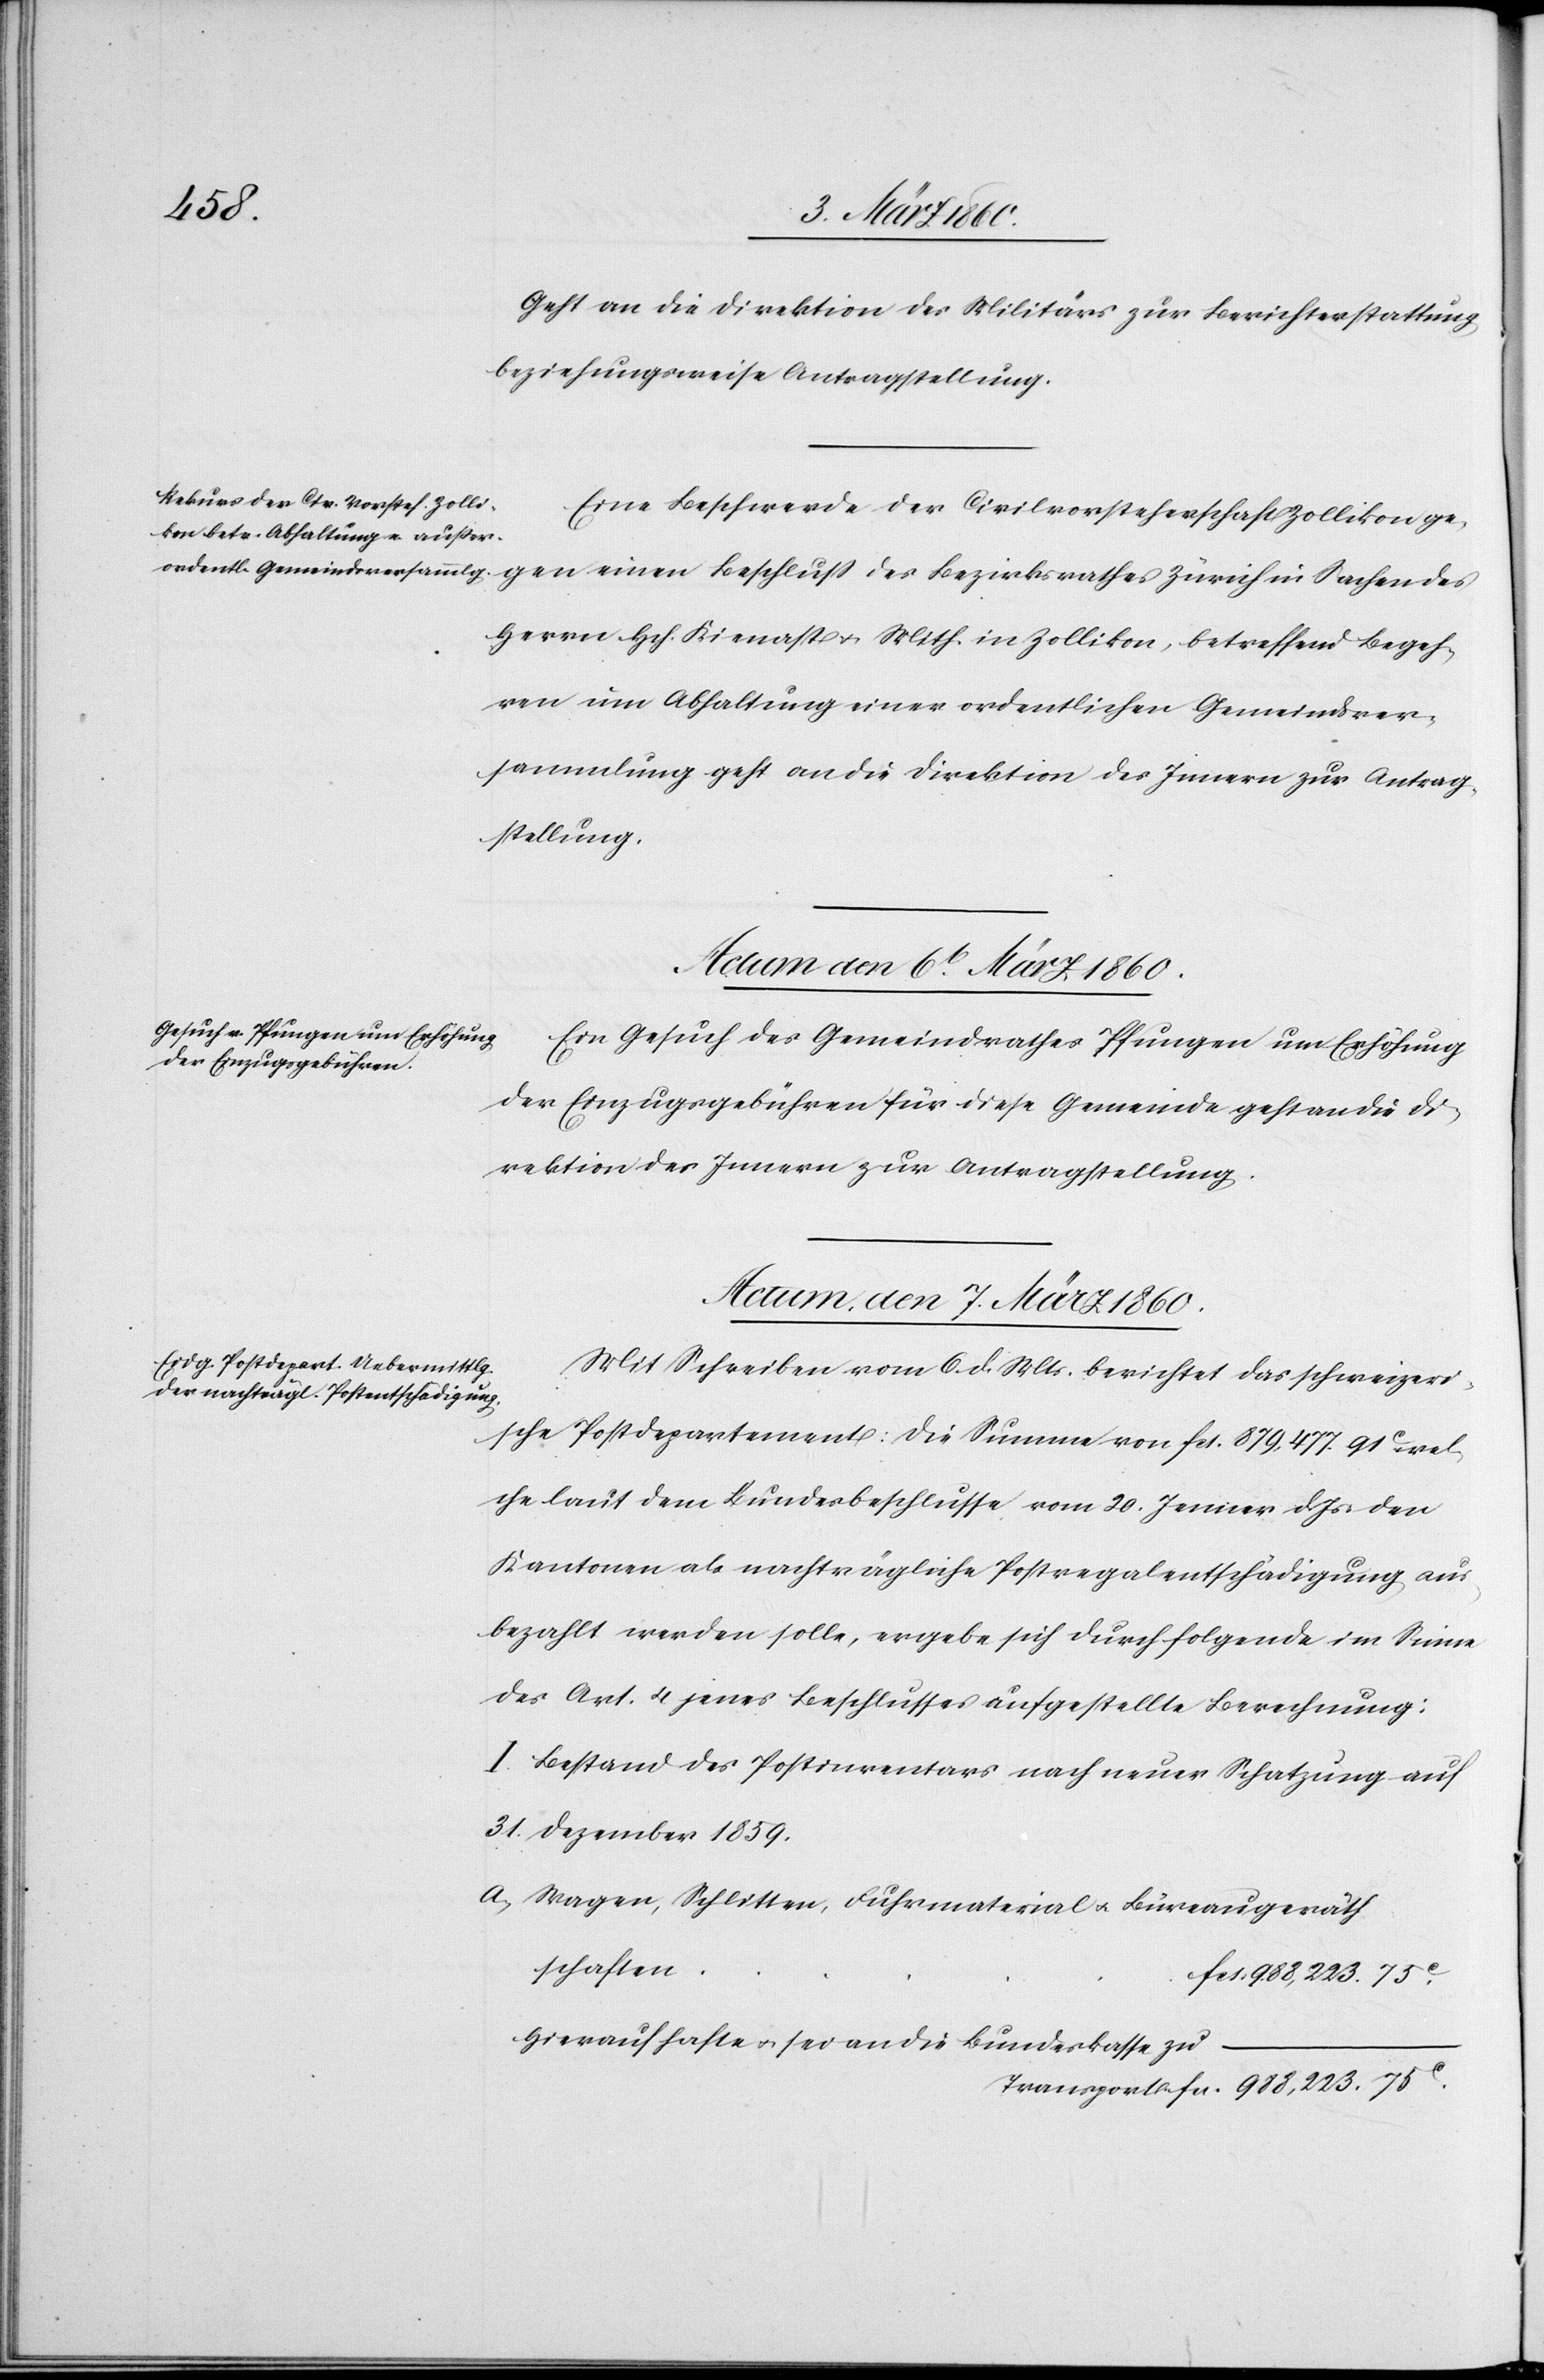
Geht an die Direktion des Militärs zur Berichterstattung,
beziehungsweise Antragstellung.
Eine Beschwerde der Civilvorsteherschaft Zollikon ge¬
ordentlichen Gemeindsver¬
gen einen Beschluß des Bezirksrathes Zürich in Sachen des
Herrn Hch. Kienast u. Mith. in Zollikon, betr. Begehren um
sammlung geht an die Direktion des Innern zur Antrag¬
stellung.
Ein Gesuch des Gemeindrathes Pfungen um Erhöhung
der Einzugsgebühren für diese Gemeinde geht an die Di¬
rektion des Innern zur Antragstellung.
Actum, den 7. März 1860.
Mit Schreiben vom 6. d. Mts. berichtet das schweizeri¬
sche Postdepartement: Die Summe von fcs. 879,477 91C wel¬
che laut dem Bundesbeschlusse vom 20. Jenner d. Js. den
Kantonen als nachträgliche Postregalentschädigung aus¬
bezahlt werden solle, ergebe sich durch folgende im Sinne
des Art. 4. jenes Beschlusses aufgestellte Berechnung:
I. Bestand des Postinventars nach neuer Schatzung auf
31. Dezember 1859.
a. Wagen, Schlitten, Fuhrmaterial u. Büreaugeräth¬
schaften
Hierauf hafte u. sei an die Bundeskasse zu